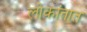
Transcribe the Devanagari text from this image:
लोकांतात